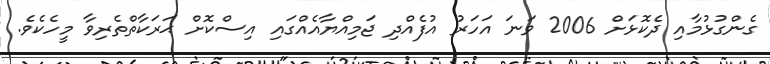
ގެންގުޅުމާއި ދެކޮޅަށް 2006 ވަނަ އަހަރު އުފެއްދި ޖަމިއްޔާއެއްގައި އިސްކޮށް ޙަރަކާތްތެރިވާ މީހެކެވެ.